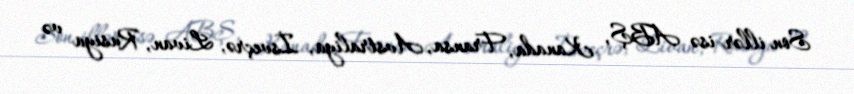
Son illər isə ABŞ, Kanada, Fransa, Avstraliya, İsveçrə, Livan, Rusiya və